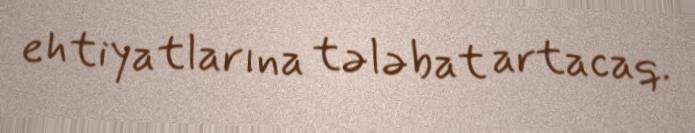
ehtiyatlarına tələbat artacaq.